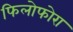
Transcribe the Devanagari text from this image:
फिलोफोरा